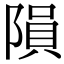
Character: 隕